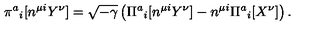
\pi ^ { a } { } _ { i } [ n ^ { \mu i } Y ^ { \nu } ] = \sqrt { - \gamma } \left( \Pi ^ { a } { } _ { i } [ n ^ { \mu i } Y ^ { \nu } ] - n ^ { \mu i } \Pi ^ { a } { } _ { i } [ X ^ { \nu } ] \right) .